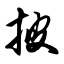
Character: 披